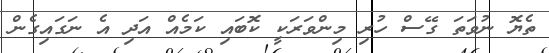
ތެޔޮ ނުވަތަ ގޭސް ހުރި މިންވަރަކީ ކޮބައި ކަމެއް އަދި އެ ނަގައިގެން